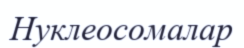
Нуклеосомалар